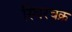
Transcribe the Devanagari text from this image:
स्थिरचक्र